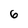
Character: 6